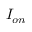
I _ { o n }